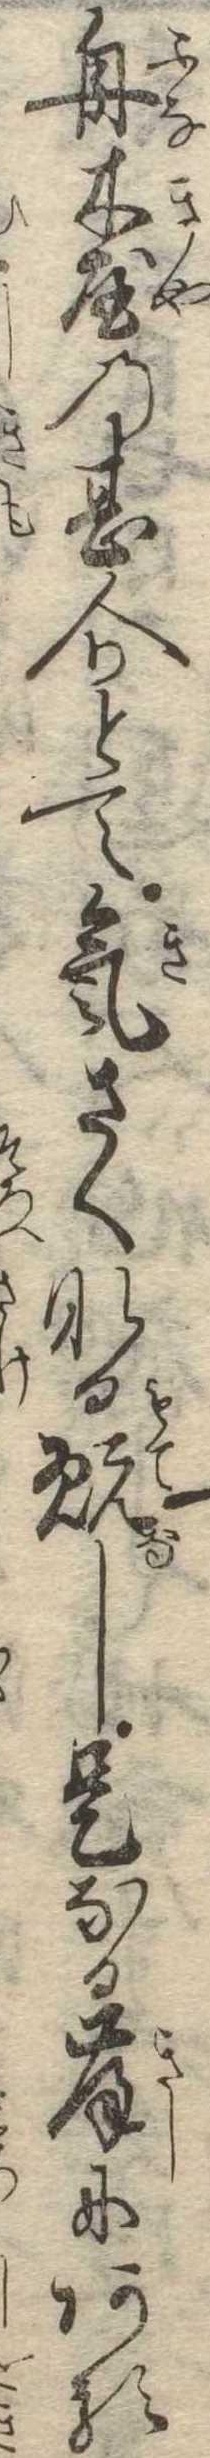
舟木屋の甚介とて気さくなる翫し是なる岸にある